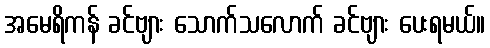
အမေရိကန် ခင်ဗျား သောက်သလောက် ခင်ဗျား ပေးရမယ်။